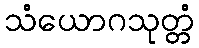
သံယောဂသုတ္တံ